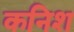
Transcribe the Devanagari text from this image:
कनिश